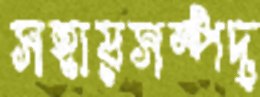
সহায়সম্পদ্‌